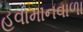
હવામાનવાળા